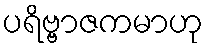
ပရိဗ္ဗာဇကမာဟု